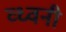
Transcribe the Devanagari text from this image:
व्ध्वनी